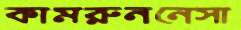
কামরুননেসা